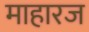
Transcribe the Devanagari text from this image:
माहारज